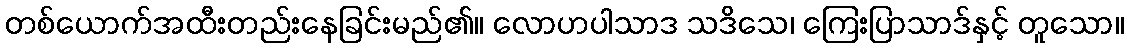
တစ်ယောက်အထီးတည်းနေခြင်းမည်၏။ လောဟပါသာဒ သဒိသေ၊ ကြေးပြာသာဒ်နှင့် တူသော။